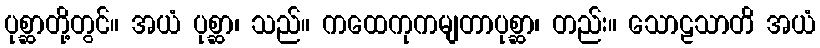
ပုစ္ဆာတို့တွင်။ အယံ ပုစ္ဆာ၊ သည်။ ကထေကုကမျတာပုစ္ဆာ၊ တည်း။ သောဠသာတိ အယံ